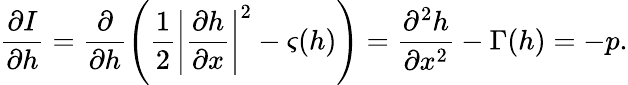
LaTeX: \frac{\partial I}{\partial h}=\frac{\partial}{\partial h}\left(\frac{1}{2}\left|\frac{\partial h}{\partial x}\right|^{2}-\varsigma(h)\right)=\frac{\partial^{2}h}{\partial x^{2}}-\Gamma(h)=-p.